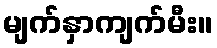
မျက်နှာကျက်မီး။